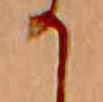
か